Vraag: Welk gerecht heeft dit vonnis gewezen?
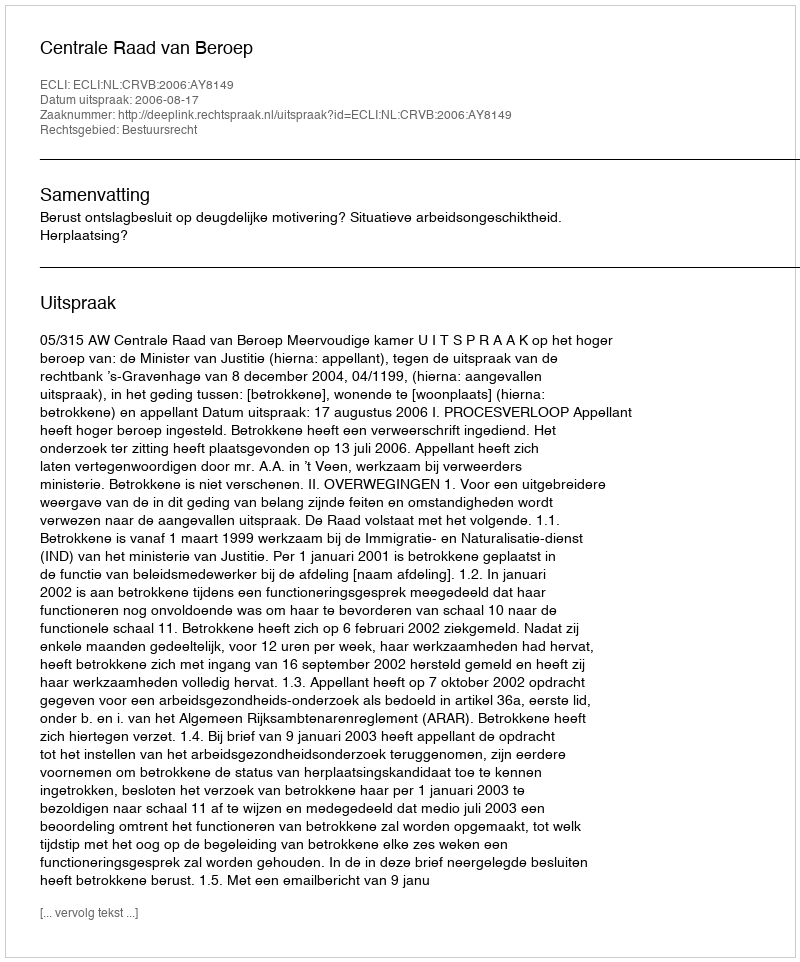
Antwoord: Centrale Raad van Beroep